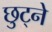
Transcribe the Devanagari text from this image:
छुट्ने